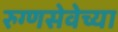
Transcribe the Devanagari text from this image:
रुग्णसेवेच्या